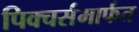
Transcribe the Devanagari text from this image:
पिक्चर्समार्फत